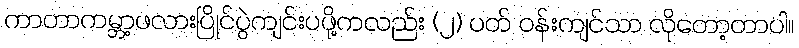
ကာတာကမ္ဘာ့ဖလားပြိုင်ပွဲကျင်းပဖို့ကလည်း (၂) ပတ် ဝန်းကျင်သာ လိုတော့တာပါ။